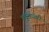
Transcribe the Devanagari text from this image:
तंदुलधारी